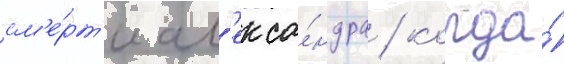
см'е́рт'и ал'екса́ндра / когда́